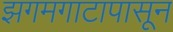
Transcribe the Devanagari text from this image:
झगमगाटापासून